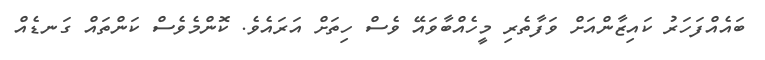
ބައެއްފަހަރު ކައިޒާންއަށް ވަފާތެރި މީހެއްބާވައޭ ވެސް ހިތަށް އަރައެވެ. ކޮންމެވެސް ކަންތައް ގަނޑެއް